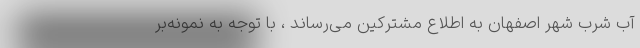
آب شرب شهر اصفهان به اطلاع مشترکین می‌رساند ، با توجه به نمونه‌بر